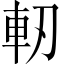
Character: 軔